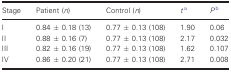
| Stage | Patient (n) | Control (n) | ta | Pb |
 | --- | --- | --- | --- | --- |
 | I | 0.84 ± 0.18 (13) | 0.77 ± 0.13 (108) | 1.90 | 0.06 |
 | II | 0.88 ± 0.16 (7) | 0.77 ± 0.13 (108) | 2.17 | 0.032 |
 | III | 0.82 ± 0.16 (19) | 0.77 ± 0.13 (108) | 1.62 | 0.107 |
 | IV | 0.86 ± 0.20 (21) | 0.77 ± 0.13 (108) | 2.71 | 0.008 |